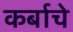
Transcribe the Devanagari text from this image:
कर्बाचे